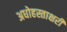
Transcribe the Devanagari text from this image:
अधोहस्ताक्षरी